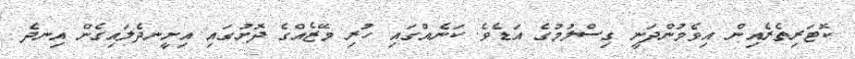
ކޮޓަރިތެރެއިން އިވެމުންދަނީ ގިސްލުމުގެ އަޑެވެ. ކަނެއްގައި ހުރި މޭޒެއްގެ ދޮށުގައި އިށީނދެލައިގެން އިނދެ